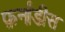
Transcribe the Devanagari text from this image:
फ़र्नांडीस